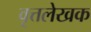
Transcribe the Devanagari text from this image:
वृत्तलेखक